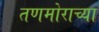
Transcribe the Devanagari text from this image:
तणमोराच्या